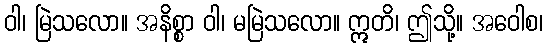
ဝါ၊ မြဲသလော။ အနိစ္စာ ဝါ၊ မမြဲသလော။ ဣတိ၊ ဤသို့။ အဝေါစ၊